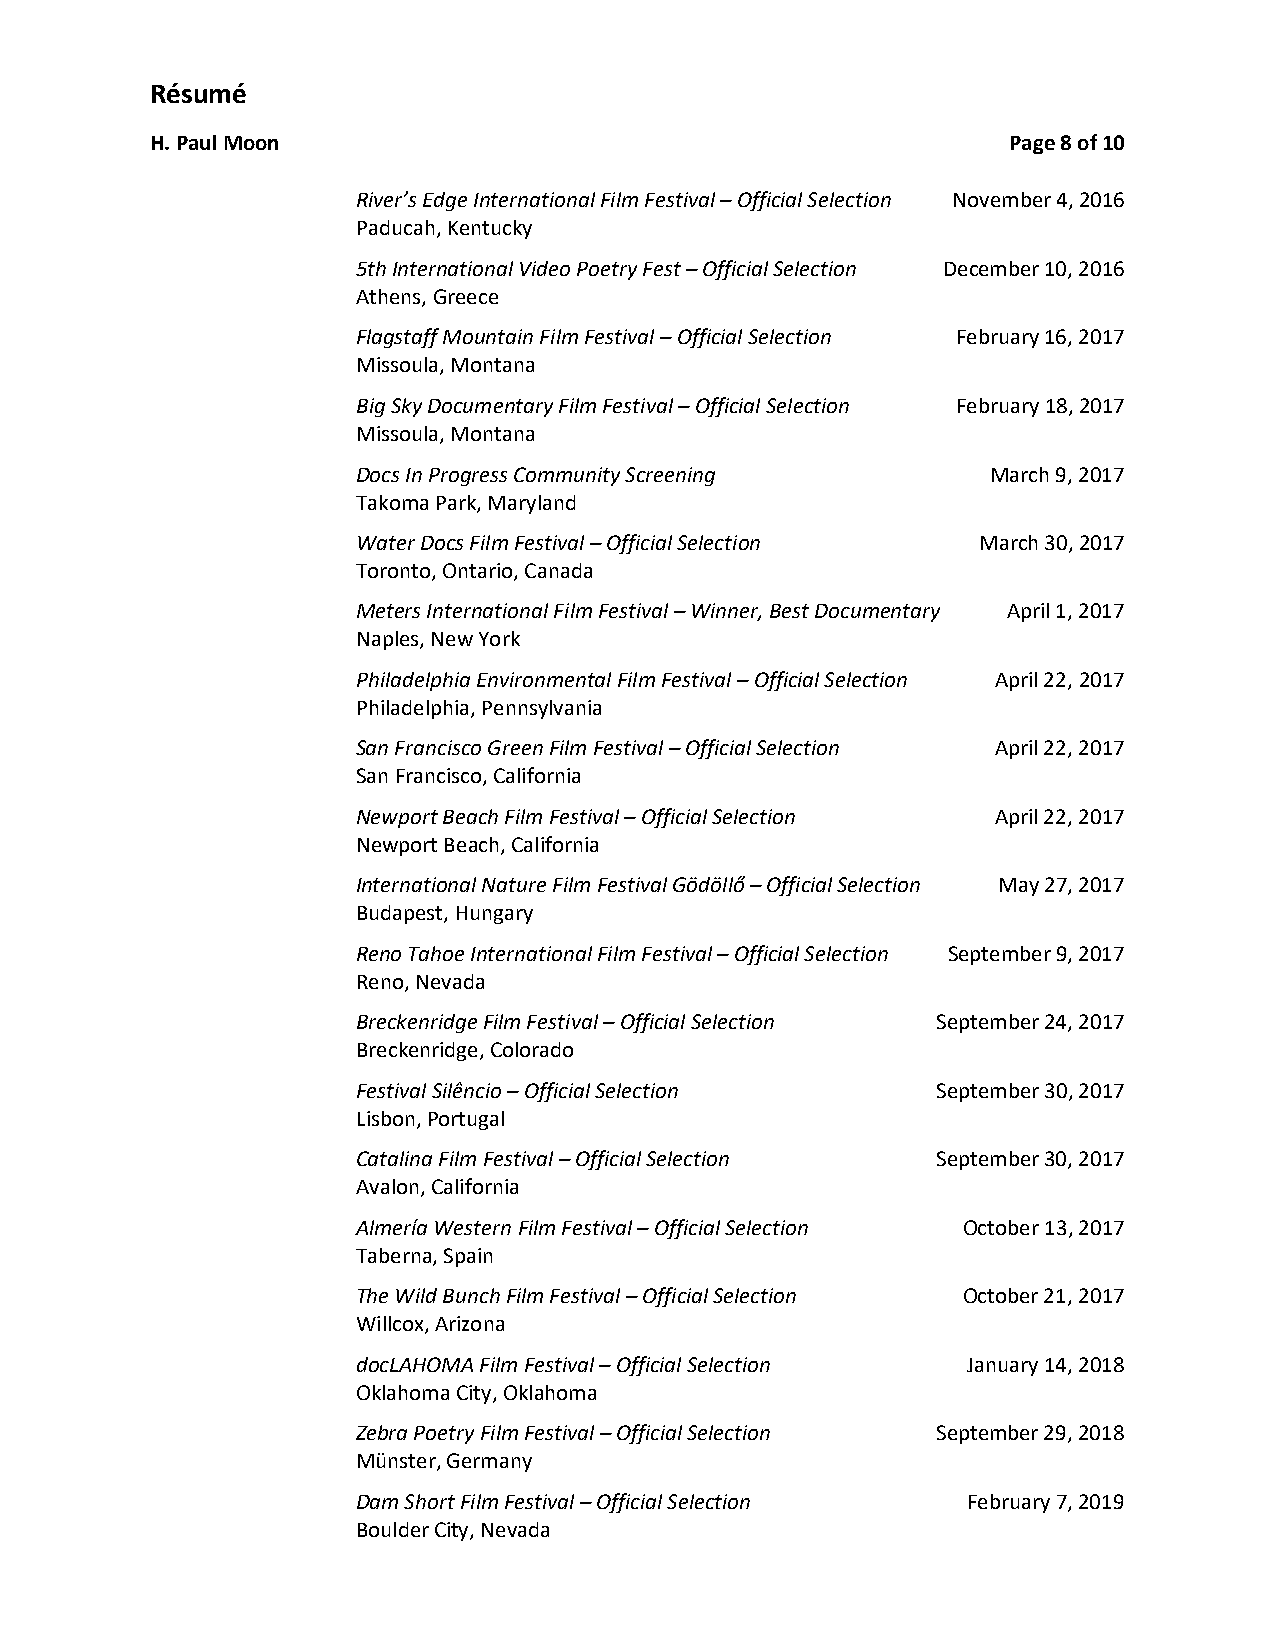
Résumé
 H. Paul Moon                                             Page 8 of 10
 River’s Edge International Film Festival – Official Selection November 4, 2016
 Paducah, Kentucky
 5th International Video Poetry Fest – Official Selection December 10, 2016
 Athens, Greece
 Flagstaff Mountain Film Festival – Official Selection February 16, 2017
 Missoula, Montana
 Big Sky Documentary Film Festival – Official Selection February 18, 2017
 Missoula, Montana
 Docs In Progress Community Screening      March 9, 2017
 Takoma Park, Maryland
 Water Docs Film Festival – Official Selection March 30, 2017
 Toronto, Ontario, Canada
 Meters International Film Festival – Winner, Best Documentary April 1, 2017
 Naples, New York
 Philadelphia Environmental Film Festival – Official Selection April 22, 2017
 Philadelphia, Pennsylvania
 San Francisco Green Film Festival – Official Selection April 22, 2017
 San Francisco, California
 Newport Beach Film Festival – Official Selection April 22, 2017
 Newport Beach, California
 International Nature Film Festival Gödöllő – Official Selection May 27, 2017
 Budapest, Hungary
 Reno Tahoe International Film Festival – Official Selection September 9, 2017
 Reno, Nevada
 Breckenridge Film Festival – Official Selection September 24, 2017
 Breckenridge, Colorado
 Festival Silêncio – Official Selection September 30, 2017
 Lisbon, Portugal
 Catalina Film Festival – Official Selection September 30, 2017
 Avalon, California
 Almería Western Film Festival – Official Selection October 13, 2017
 Taberna, Spain
 The Wild Bunch Film Festival – Official Selection October 21, 2017
 Willcox, Arizona
 docLAHOMA Film Festival – Official Selection January 14, 2018
 Oklahoma City, Oklahoma
 Zebra Poetry Film Festival – Official Selection September 29, 2018
 Münster, Germany
 Dam Short Film Festival – Official Selection February 7, 2019
 Boulder City, Nevada